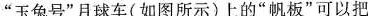
”玉兔号”月球车(如图所示)上的”帆板”可以把